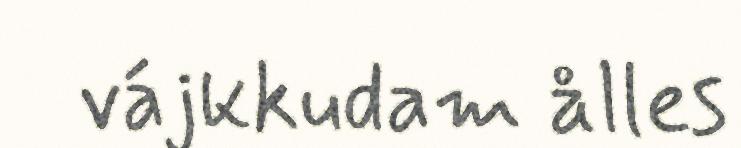
vájkkudam ålles